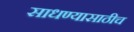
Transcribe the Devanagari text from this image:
साधण्यासाठीच